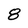
Character: 8